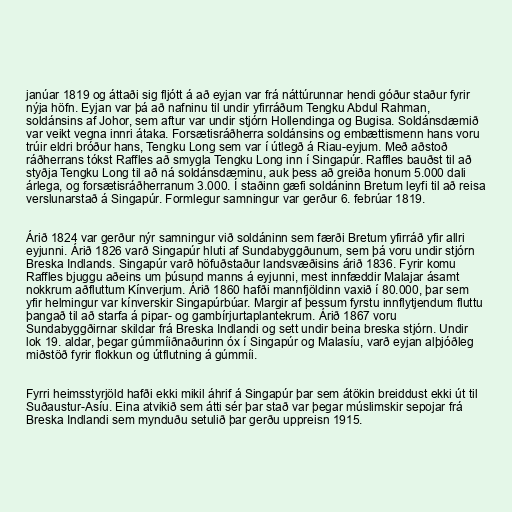
janúar 1819 og áttaði sig fljótt á að eyjan var frá náttúrunnar hendi góður staður fyrir
nýja höfn. Eyjan var þá að nafninu til undir yfirráðum Tengku Abdul Rahman,
soldánsins af Johor, sem aftur var undir stjórn Hollendinga og Bugisa. Soldánsdæmið
var veikt vegna innri átaka. Forsætisráðherra soldánsins og embættismenn hans voru
trúir eldri bróður hans, Tengku Long sem var í útlegð á Riau-eyjum. Með aðstoð
ráðherrans tókst Raffles að smygla Tengku Long inn í Singapúr. Raffles bauðst til að
styðja Tengku Long til að ná soldánsdæminu, auk þess að greiða honum 5.000 dali
árlega, og forsætisráðherranum 3.000. Í staðinn gæfi soldáninn Bretum leyfi til að reisa
verslunarstað á Singapúr. Formlegur samningur var gerður 6. febrúar 1819.

Árið 1824 var gerður nýr samningur við soldáninn sem færði Bretum yfirráð yfir allri
eyjunni. Árið 1826 varð Singapúr hluti af Sundabyggðunum, sem þá voru undir stjórn
Breska Indlands. Singapúr varð höfuðstaður landsvæðisins árið 1836. Fyrir komu
Raffles bjuggu aðeins um þúsund manns á eyjunni, mest innfæddir Malajar ásamt
nokkrum aðfluttum Kínverjum. Árið 1860 hafði mannfjöldinn vaxið í 80.000, þar sem
yfir helmingur var kínverskir Singapúrbúar. Margir af þessum fyrstu innflytjendum fluttu
þangað til að starfa á pipar- og gambírjurtaplantekrum. Árið 1867 voru
Sundabyggðirnar skildar frá Breska Indlandi og sett undir beina breska stjórn. Undir
lok 19. aldar, þegar gúmmíiðnaðurinn óx í Singapúr og Malasíu, varð eyjan alþjóðleg
miðstöð fyrir flokkun og útflutning á gúmmíi.

Fyrri heimsstyrjöld hafði ekki mikil áhrif á Singapúr þar sem átökin breiddust ekki út til
Suðaustur-Asíu. Eina atvikið sem átti sér þar stað var þegar múslimskir sepojar frá
Breska Indlandi sem mynduðu setulið þar gerðu uppreisn 1915.